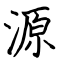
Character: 源